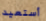
أستعيد